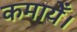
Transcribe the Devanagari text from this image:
कमायेँ।